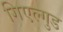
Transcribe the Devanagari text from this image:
गिएल्गुड